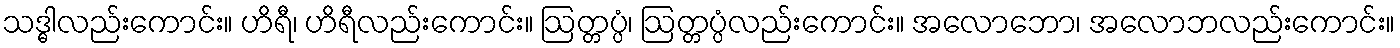
သဒ္ဓါလည်းကောင်း။ ဟိရီ၊ ဟိရီလည်းကောင်း။ ဩတ္တပ္ပံ၊ ဩတ္တပ္ပံလည်းကောင်း။ အလောဘော၊ အလောဘလည်းကောင်း။